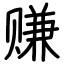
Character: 赚